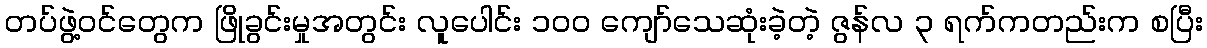
တပ်ဖွဲ့ဝင်တွေက ဖြိုခွင်းမှုအတွင်း လူပေါင်း ၁၀၀ ကျော်သေဆုံးခဲ့တဲ့ ဇွန်လ ၃ ရက်ကတည်းက စပြီး